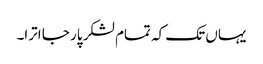
یہاں تک کہ تمام لشکر پار جا اترا۔